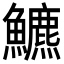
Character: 𩽁